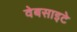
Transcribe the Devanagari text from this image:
वेबसाइटे